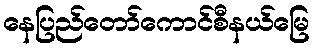
နေပြည်တော်ကောင်စီနယ်မြေ